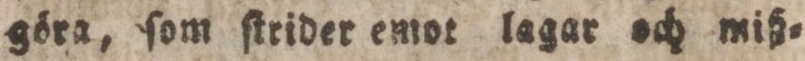
göra, ſom ſtrider emot lagar och miß=